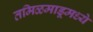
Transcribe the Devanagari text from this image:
तमिळमाडूमध्ये